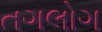
તગલોગ